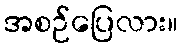
အစဉ်ပြေလား။